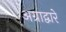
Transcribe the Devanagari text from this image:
अग्राद्वारे